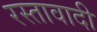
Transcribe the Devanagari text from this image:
रस्तावादी